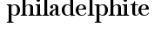
philadelphite